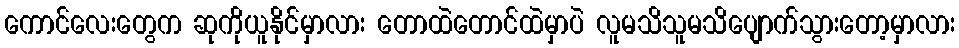
ကောင်လေးတွေက ဆုကိုယူနိုင်မှာလား တောထဲတောင်ထဲမှာပဲ လူမသိသူမသိပျောက်သွားတော့မှာလား